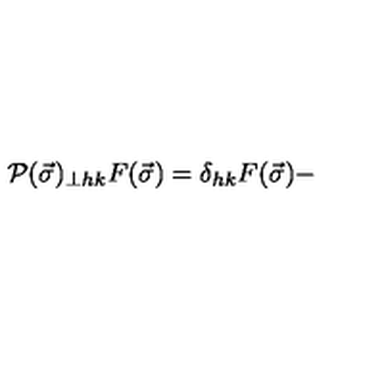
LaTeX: { \cal P } ( \vec { \sigma } ) _ { \perp h k } F ( \vec { \sigma } ) = \delta _ { h k } F ( \vec { \sigma } ) -